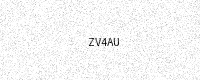
Text: ZV4AU